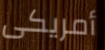
أمريكى